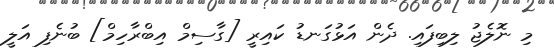
މި ނޮލެޖު ލިބިފައި. ދެން އަޅުގަނޑު ކައިރީ [ގާސިމް އިބްރާހިމް] ބުނެފި އަލީ